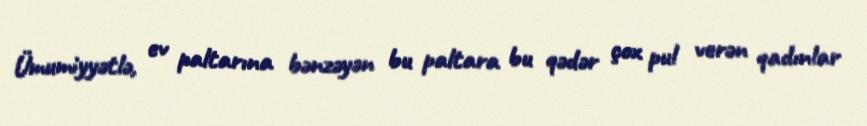
Ümumiyyətlə, ev paltarına bənzəyən bu paltara bu qədər çox pul verən qadınlar